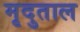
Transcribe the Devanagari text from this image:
मृदुताल